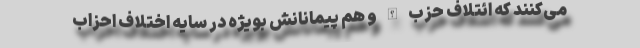
می‌کنند که ائتلاف حزب الله و هم پیمانانش بویژه در سایه اختلاف احزاب